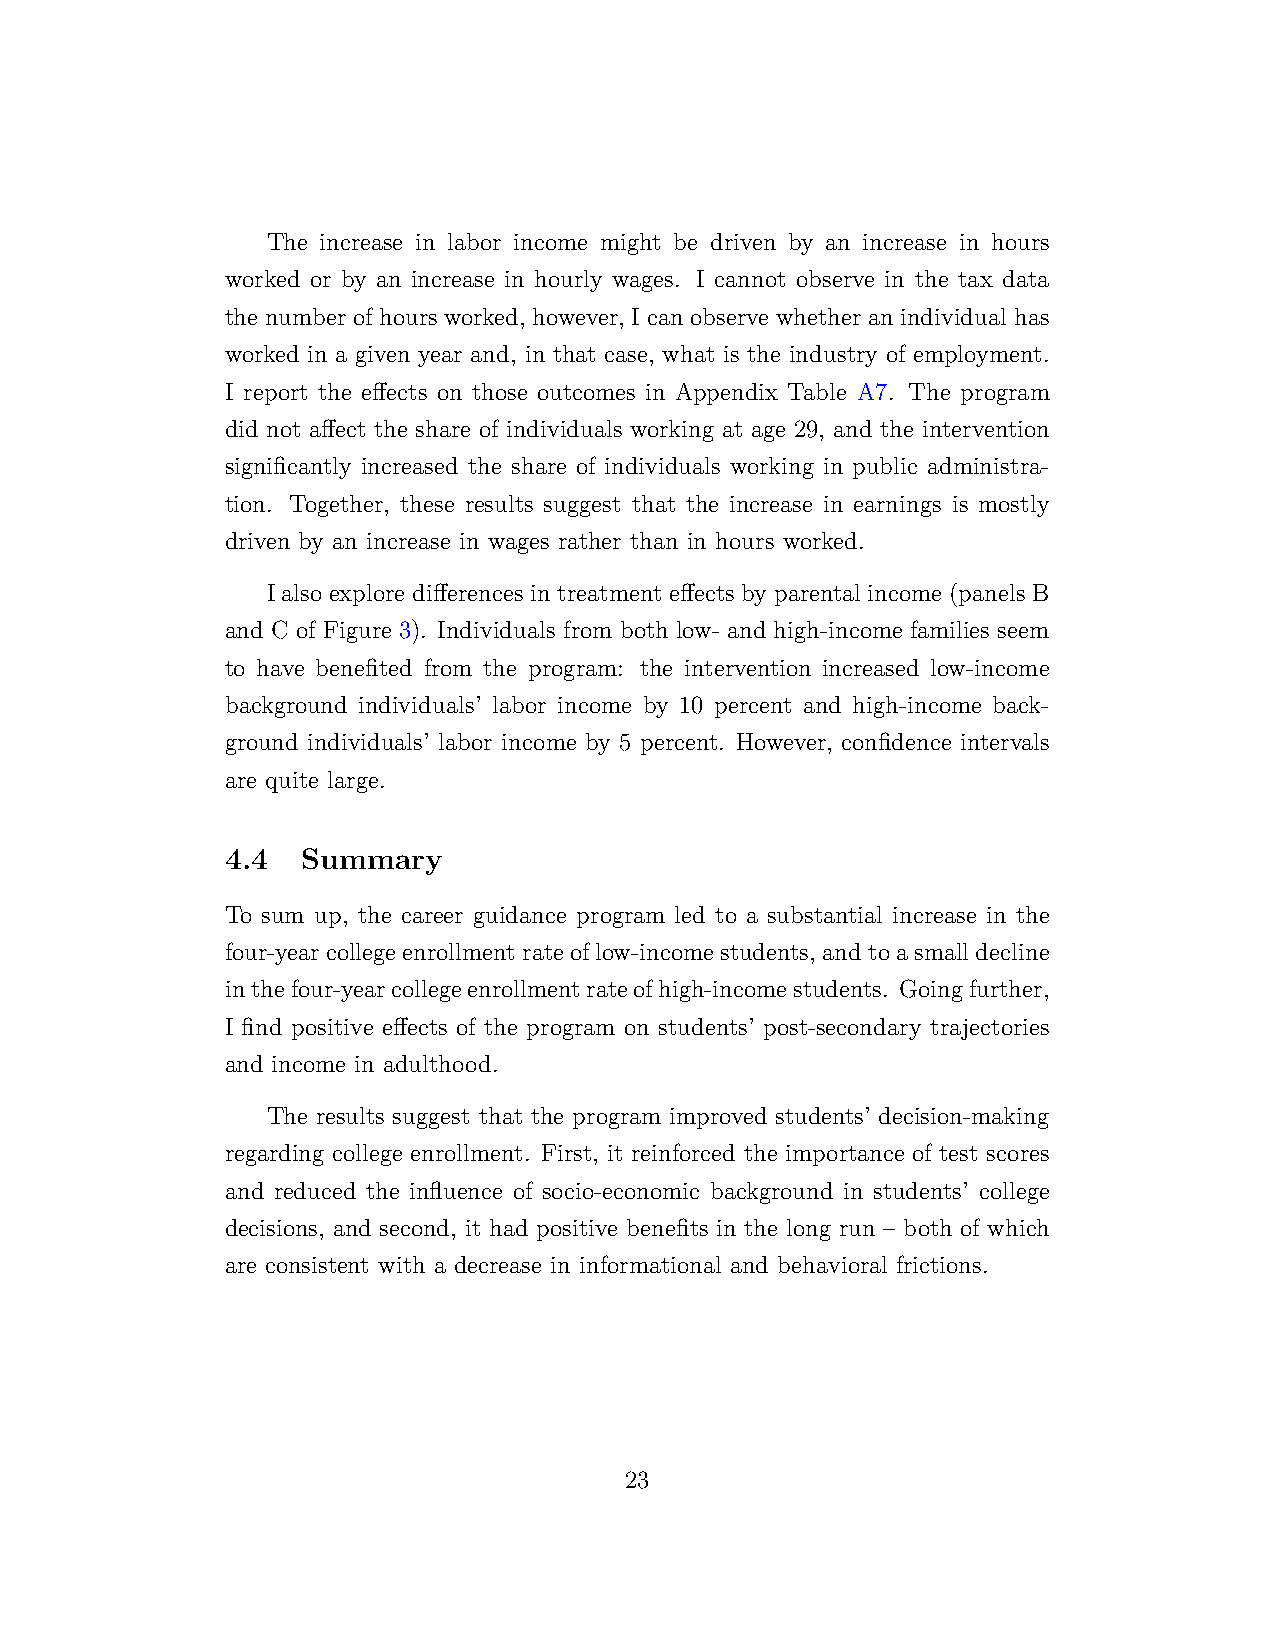
The increase in labor income might be driven by an increase in hours
 worked or by an increase in hourly wages. I cannot observe in the tax data
 the number of hours worked, however, I can observe whether an individual has
 worked in a given year and, in that case, what is the industry of employment.
 I report the effects on those outcomes in Appendix Table A7. The program
 did not affect the share of individuals working at age 29, and the intervention
 significantly increased the share of individuals working in public administra-
 tion. Together, these results suggest that the increase in earnings is mostly
 driven by an increase in wages rather than in hours worked.
 I also explore differences in treatment effects by parental income (panels B
 and C of Figure 3). Individuals from both low- and high-income families seem
 to have benefited from the program: the intervention increased low-income
 background individuals’ labor income by 10 percent and high-income back-
 ground individuals’ labor income by 5 percent. However, confidence intervals
 are quite large.
 4.4  Summary
 To sum up, the career guidance program led to a substantial increase in the
 four-yearcollegeenrollmentrateoflow-incomestudents, andtoasmalldecline
 inthefour-yearcollegeenrollmentrateofhigh-incomestudents. Goingfurther,
 I find positive effects of the program on students’ post-secondary trajectories
 and income in adulthood.
 The results suggest that the program improved students’ decision-making
 regarding college enrollment. First, it reinforced the importance of test scores
 and reduced the influence of socio-economic background in students’ college
 decisions, and second, it had positive benefits in the long run – both of which
 are consistent with a decrease in informational and behavioral frictions.
 23